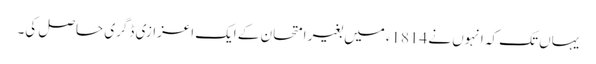
یہاں تک کہ انہوں نے 1814ء میں بغیر امتحان کے ایک اعزازی ڈگری حاصل کی۔